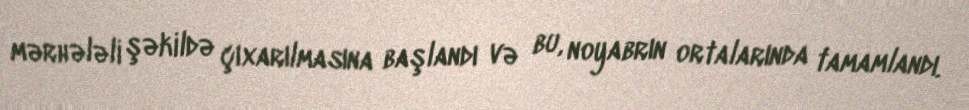
mərhələli şəkildə çıxarılmasına başlandı və bu, noyabrın ortalarında tamamlandı.